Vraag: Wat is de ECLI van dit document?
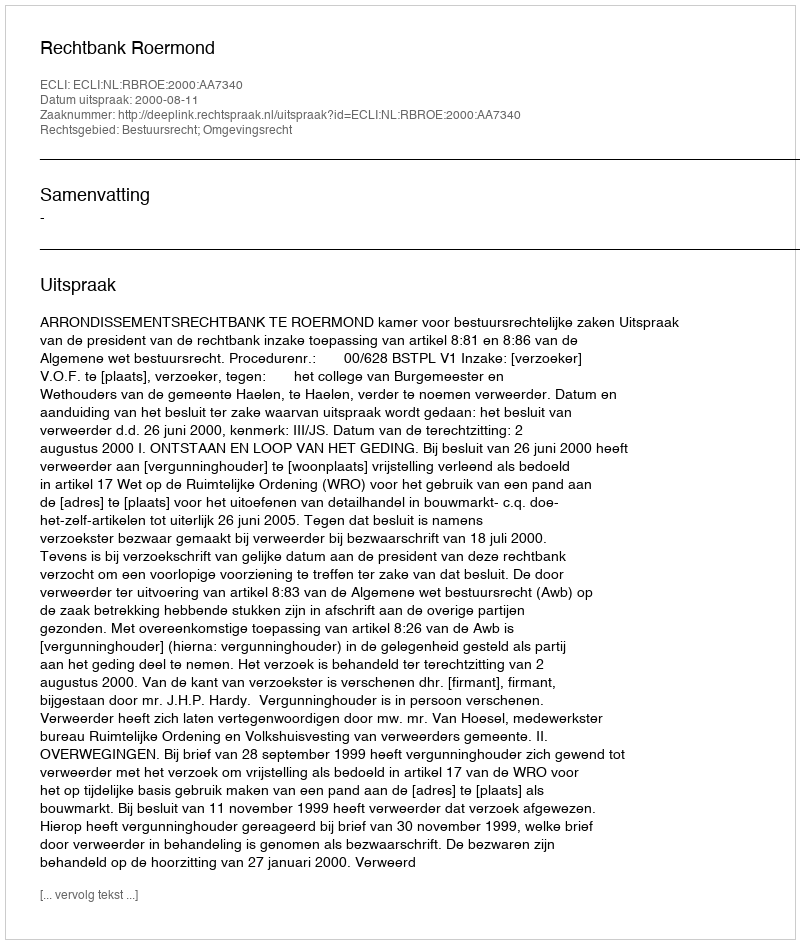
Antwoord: ECLI:NL:RBROE:2000:AA7340